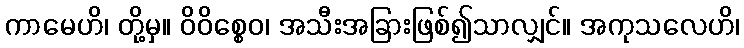
ကာမေဟိ၊ တို့မှ။ ဝိဝိစ္စေဝ၊ အသီးအခြားဖြစ်၍သာလျှင်။ အကုသလေဟိ၊